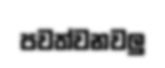
පවත්වනවලු